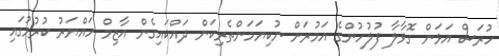
ހުރަސް އަޅަން ގޮވާލާ ފުލުހުންގެ އަމުރަށް ނުކިޔަމަންތެރިކަން ދައްކައިގެން އާޒިމް ހައްޔަރު ކުރުމުގައި